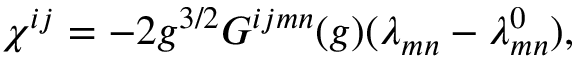
\chi ^ { i j } = - 2 g ^ { 3 / 2 } G ^ { i j m n } ( g ) ( \lambda _ { m n } - \lambda _ { m n } ^ { 0 } ) ,